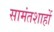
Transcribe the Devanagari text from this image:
सामंतशाहों